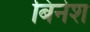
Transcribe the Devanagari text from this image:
बिनेश